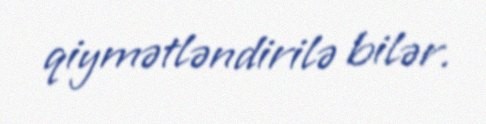
qiymətləndirilə bilər.